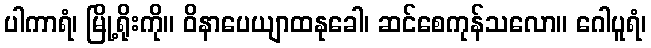
ပါကာရံ၊ မြို့ရိုးကို။ ဝိနာပေယျာထနုခေါ၊ ဆင်စေကုန်သလော။ ဂေါပူရံ၊